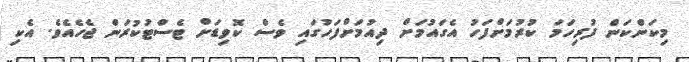
މިކަންކަން ފުރިހަމަ ކުރުމަށްފަހު އެގައުމަށް ދިއުމަށްފަހުގައި ވެސް ކޮވިޑަށް ޓެސްޓުކުރަން ޖެހެއެވެ. އެކި